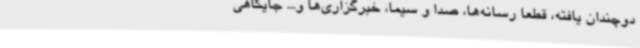
دوچندان یافته، قطعا رسانه‌ها، صدا و سیما، خبرگزاری‌ها و... جایگاهی